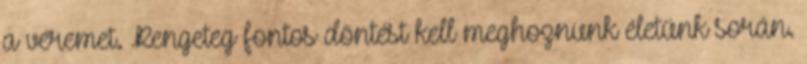
a véremet. Rengeteg fontos döntést kell meghoznunk életünk során.